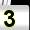
Digit: 3